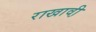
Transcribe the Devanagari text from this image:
राखावी़